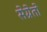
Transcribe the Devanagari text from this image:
सेग्रेतो